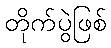
တိုက်ပွဲဖြစ်